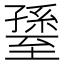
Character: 𦥊